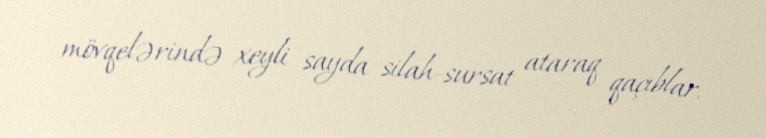
mövqelərində xeyli sayda silah-sursat ataraq qaçıblar.